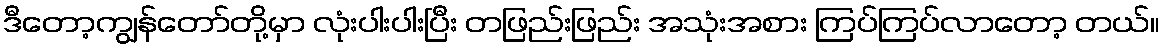
ဒီတော့ကျွန်တော်တို့မှာ လုံးပါးပါးပြီး တဖြည်းဖြည်း အသုံးအစား ကြပ်ကြပ်လာတော့ တယ်။